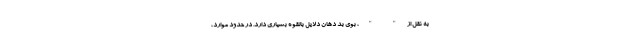
به نقل از " "، بوی بد دهان دلایل بالقوه بسیاری دارد. در حدود موارد،